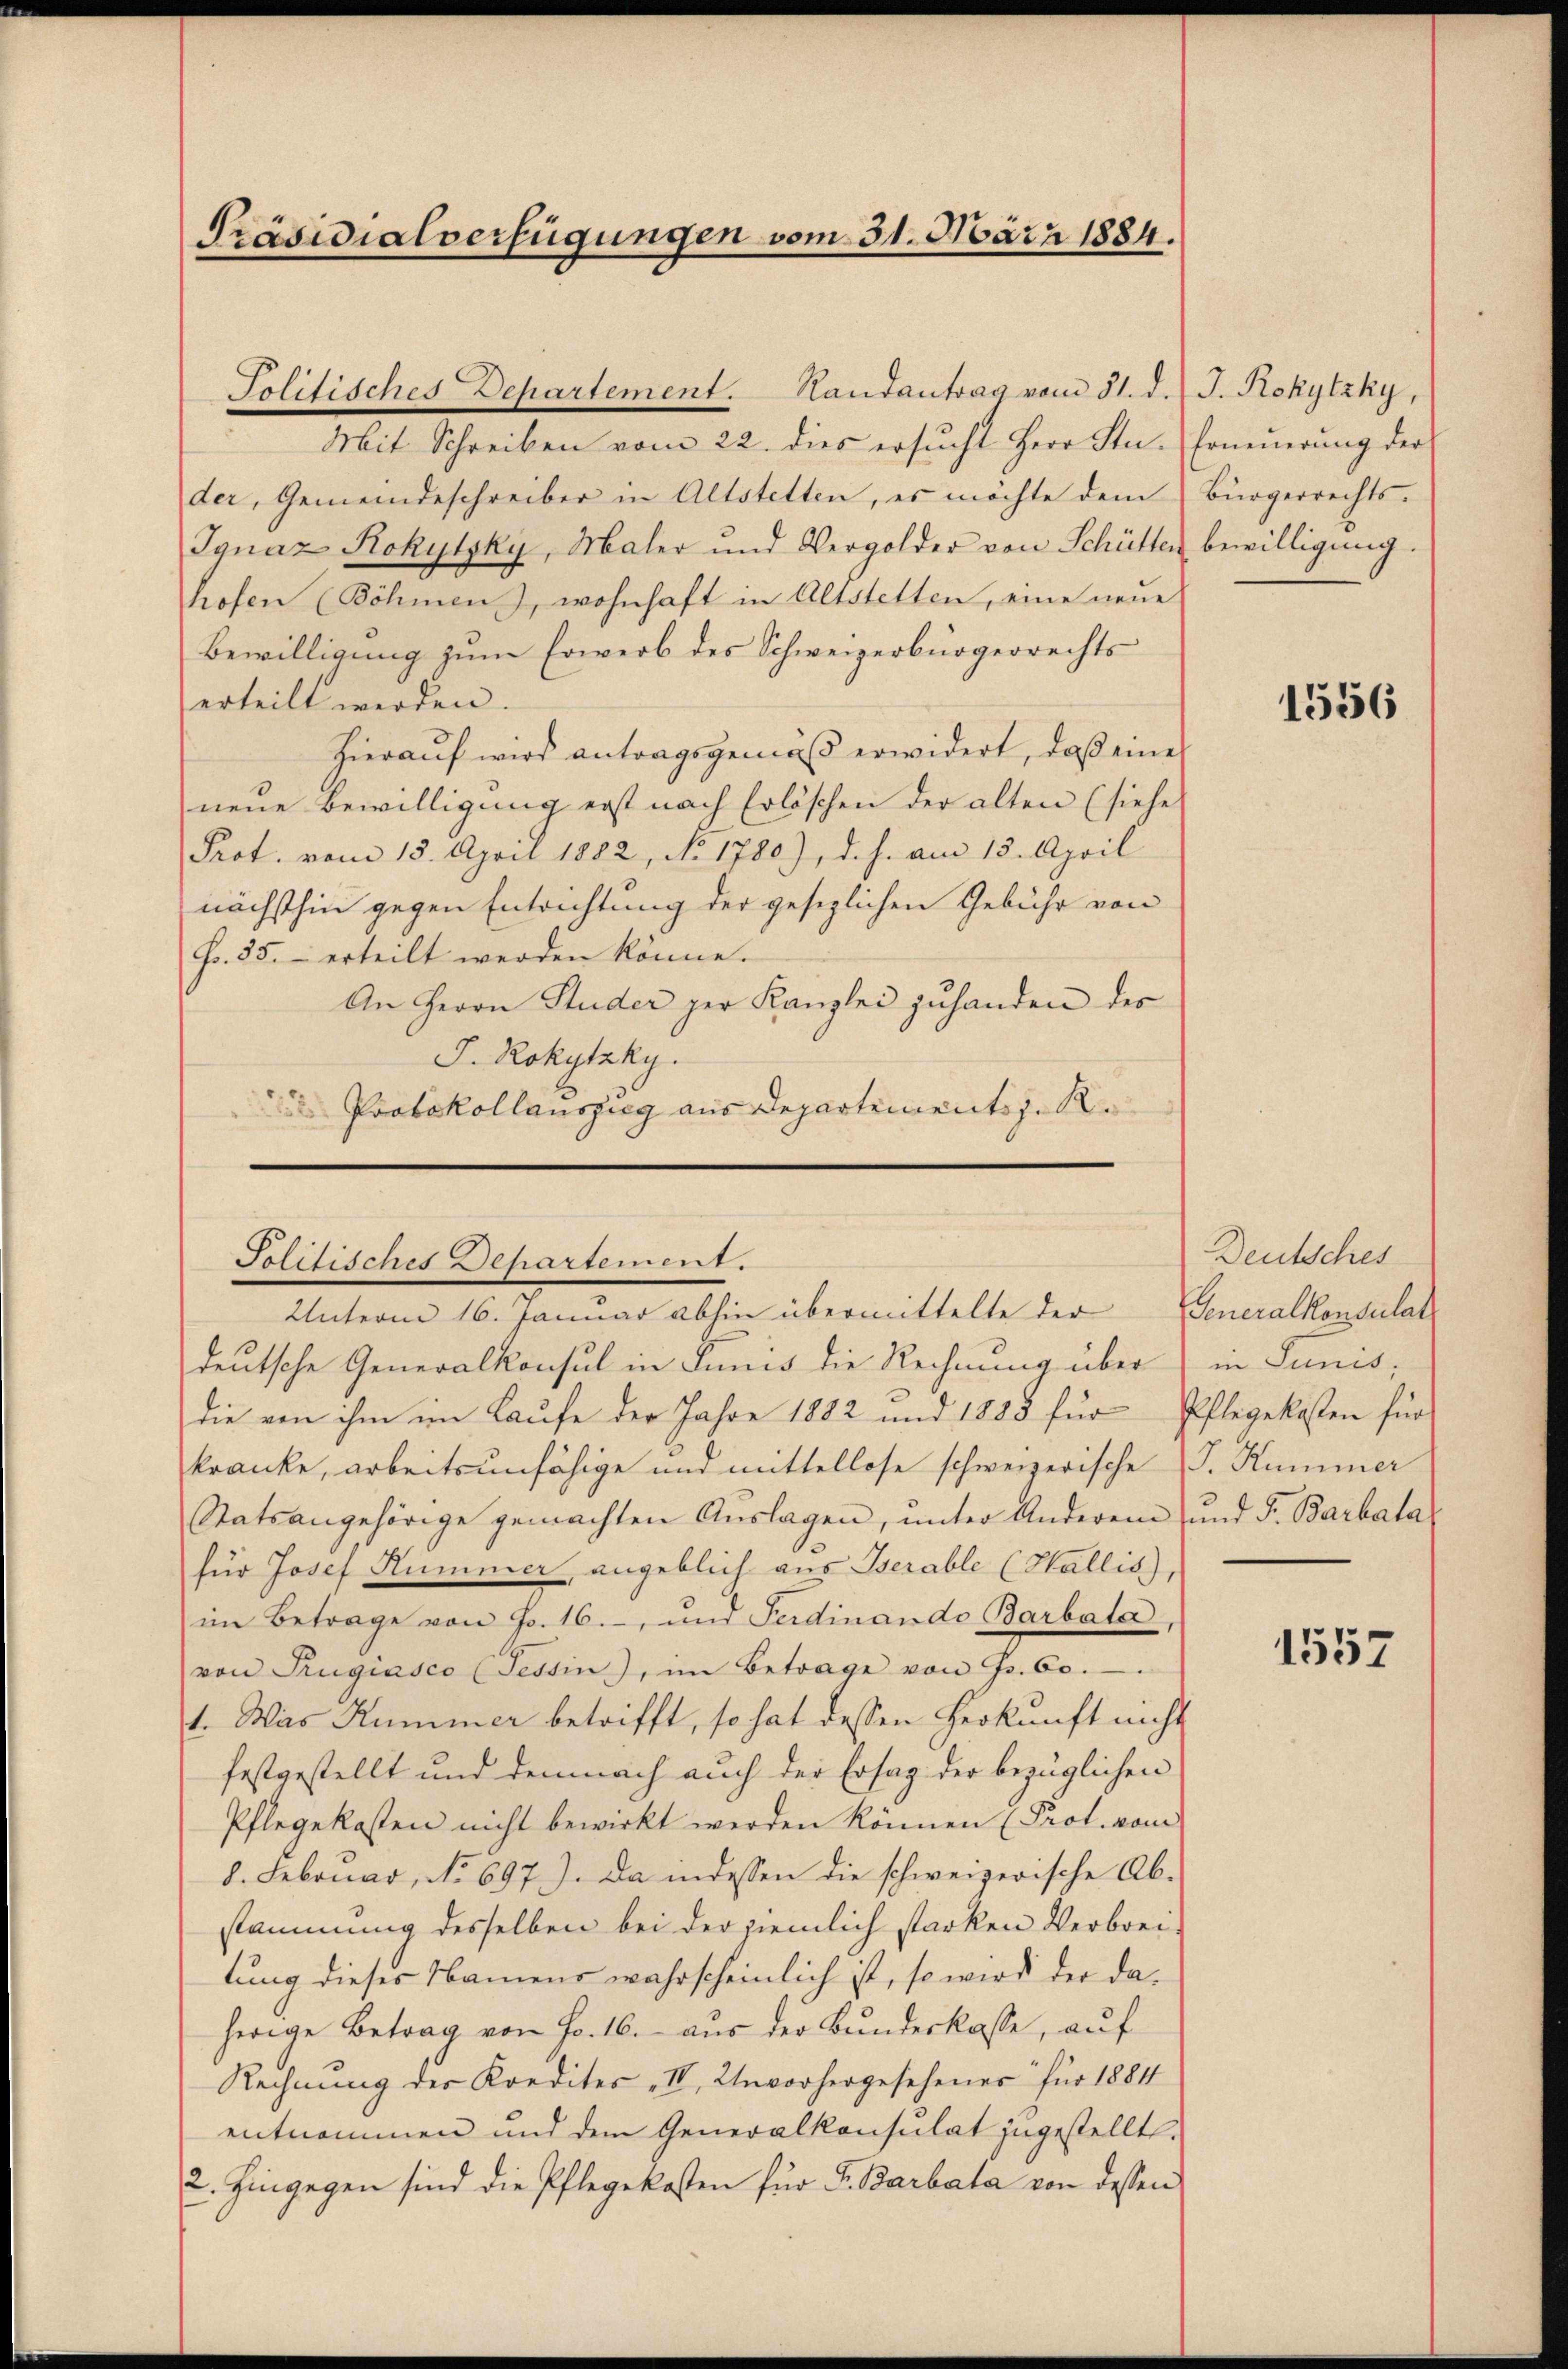
Mit Schreiben vom 22. dies ersucht Herr Sta. Erneuerung der
der, Gemeindeschreiber in Altstetten, es möchte dem
Ignaz Rokytzky, Maler und Vergolder von Schütten bewilligŭng.
hofen (Böhmen, wohnhaft in Altstetten, eine neue
Bewilligung zum Erwerb des Schweizerbürgerrechts
erteilt werden.
Hierauf wird antragsgemäß erwidert, daß eines
neue Bewilligung erst nach Erlöschen der alten (siehe
Prot. vom 15. April 1882, No 1780), d. h. am 15. April
nächsthin gegen Entrichtung der gesezlichen Gebühr von
Fr. 85. erteilt werden könne.
An Herrn Studer per Kanzlei zŭhanden des
J. Rokytzky.
 Protokollauszug aus Departements z. R.

Präsidialverfügungen vom 31. März 1884.

Politisches Departement. Randantrag vom 31. d. J. Rokytzky,

Politisches Departement.
Unterm 16. Januar abhin übermittelte der Generalkonsulat

Bürgerrechts.

deutsche Generalkonsul in Junis die Rechnung über
die von ihm im Laufe der Jahre 1882 und 1888 für Pflegekosten für
kranke, arbeitsunfähige und mittellose schweizerische P. Kummer
Statsangehörige gemachten Aŭslagen, ŭnter Anderen und Fr. Barbata
für Josef Kummer, angeblich aus Iserable (Wallis),
im Betrage von Fr. 16. und Sardinando Barbata
von Rugiasco Tessin.), im Betrage von Fr. 60.
1. Was Kummer betrifft, so hat dessen Herkunft nicht
festgestellt und demnach auch der Ersag der bezüglichen
Pflegekosten nicht bewirkt werden können (Prot. vom
d. Februar, No 697). Da indessen die schweizerische Ab-
stammung desselben bei der ziemlich starken Verbreitung dieses Namens wahrscheinlich ist, so wird der daherige Betrag von Fr. 16. aus der Bundeskasse, auf
Rechnŭng der Kredites II. Unvorhergesehenes für 18811
entnommen und dem Generalkonsulat zugestellt.
2. hingegen sind die Pflegekosten für F. Barbata von dessen

1556

Deutsches
in Junis.

1557